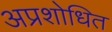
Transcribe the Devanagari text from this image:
अप्रशोधित